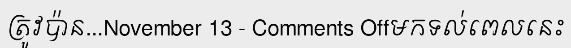
ត្រូវប៉ាន...November 13 - Comments Offមកទល់ពេលនេះ